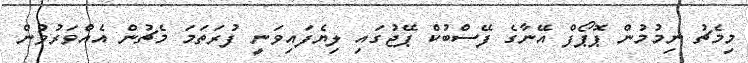
މިމެޗު ނިމުމުން ޕޮޕޯފް އޭނާގެ ފޭސްބުކް ޕޭޖުގައި ލިޔެފައިވަނީ ފުރަތަމަ މެޗުން އެއްވަރުވުން